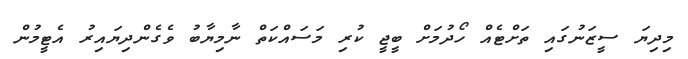
މިދިޔަ ސީޒަނުގައި ތަށްޓެއް ހޯދުމަށް ބީޖީ ކުރި މަސައްކަތް ނާމިޔާބު ވެގެންދިޔައިރު އެޓީމުން